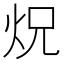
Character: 炾